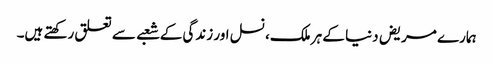
ہمارے مریض دنیا کے ہر ملک، نسل اور زندگی کے شعبے سے تعلق رکھتے ہیں۔